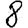
Digit: 8